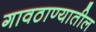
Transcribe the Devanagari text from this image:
गावठाण्यातील